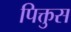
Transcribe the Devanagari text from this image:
पिक्तुस